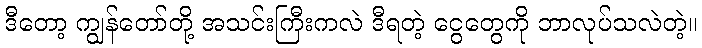
ဒီတော့ ကျွန်တော်တို့ အသင်းကြီးကလဲ ဒီရတဲ့ ငွေတွေကို ဘာလုပ်သလဲတဲ့။